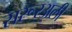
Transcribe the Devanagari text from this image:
सरूरअली